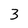
Character: 3